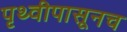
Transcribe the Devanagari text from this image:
पृथ्वीपासूनच